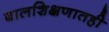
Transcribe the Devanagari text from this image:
बालशिक्षणातही